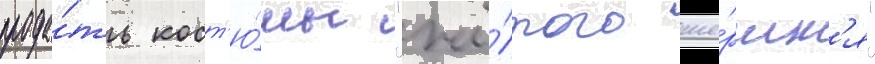
прода́ть кост'ю́мы "жё́лтого ше́ршн'я"